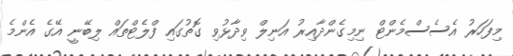
މިފަހަރު އެސެސްމެންޓް ނިމިގެންދާއިރު އަނިލް ވިދާޅުވި ގޮތުގައި ފްލެޓްތައް ލިބޭނީ އޭގެ އެންމެ